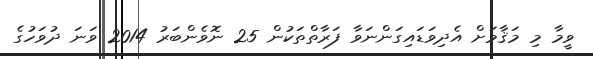
ވީމާ މި މަޤާމަށް އެދިވަޑައިގަންނަވާ ފަރާތްތަކުން 25 ނޮވެންބަރު 2014 ވަނަ ދުވަހުގެ